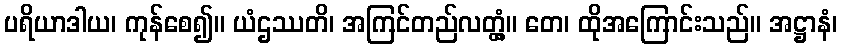
ပရိယာဒါယ၊ ကုန်စေ၍။ ယံဌဿတိ၊ အကြင်တည်လတ္တံ့။ တေ၊ ထိုအကြောင်းသည်။ အဋ္ဌာနံ၊